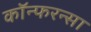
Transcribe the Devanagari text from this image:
कॉन्फरन्सा